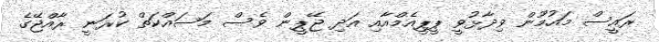
ރައީސް މައުމޫން ވިދާޅުވީ ޕީޕީއެމްއާއި އަދި ޖޭޕީން ވެސް މަސައްކަތް ކުރަނީ ރާއްޖޭގެ